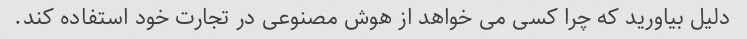
دلیل بیاورید که چرا کسی می خواهد از هوش مصنوعی در تجارت خود استفاده کند.